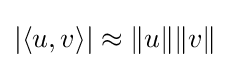
|\langle u,v\rangle |\approx \|u\|\|v\|